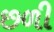
છળી